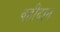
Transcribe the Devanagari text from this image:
वहीदान